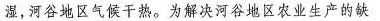
湿，河谷地区气候干热。为解决河谷地区农业生产的缺